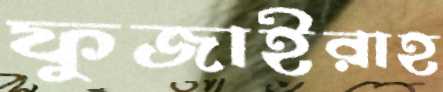
ফুজাইরাহ